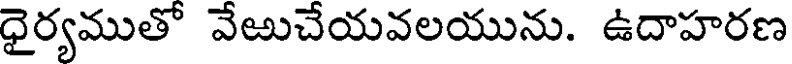
ధైర్యముతో వేఱుచేయవలయును. ఉదాహరణ